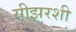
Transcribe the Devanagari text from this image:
सीझरशी